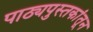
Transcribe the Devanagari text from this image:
पाठ्यपुस्तकांतून